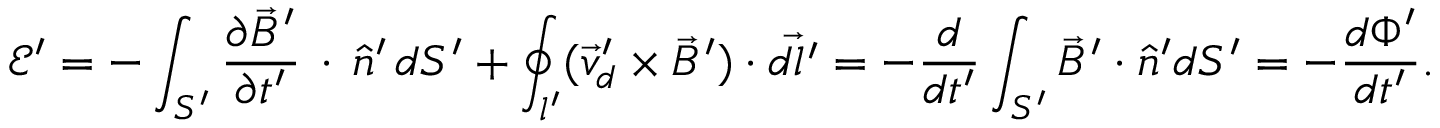
\mathcal E ^ { \prime } = - \int _ { S ^ { \prime } } \frac { \partial \vec { B } ^ { \prime } } { \partial t ^ { \prime } } \, \cdot \, \hat { n } ^ { \prime } \, d S ^ { \prime } + \oint _ { l ^ { \prime } } ( \vec { v } _ { d } ^ { \prime } \times \vec { B } ^ { \prime } ) \cdot \vec { d l ^ { \prime } } = - \frac { d } { d t ^ { \prime } } \int _ { S ^ { \prime } } \vec { B } ^ { \prime } \cdot \hat { n } ^ { \prime } d S ^ { \prime } = - \frac { d \Phi ^ { \prime } } { d t ^ { \prime } } .